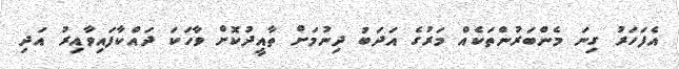
އެފަހަރު ގިނަ މެންބަރުންތަކެއް މަރުގެ އަދަބު ދިނުމަށް ތާއީދުކޮށް ވާހަކަ ދައްކާފައިވާއިރު އަދި